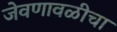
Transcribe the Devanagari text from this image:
जेवणावळीचा